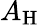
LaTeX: A_{\mathrm{H}}